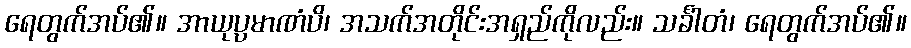
ရေတွက်အပ်၏။ အာယုပ္ပမာဏံပိ၊ အသက်အတိုင်းအရှည်ကိုလည်း။ သင်္ခါတံ၊ ရေတွက်အပ်၏။